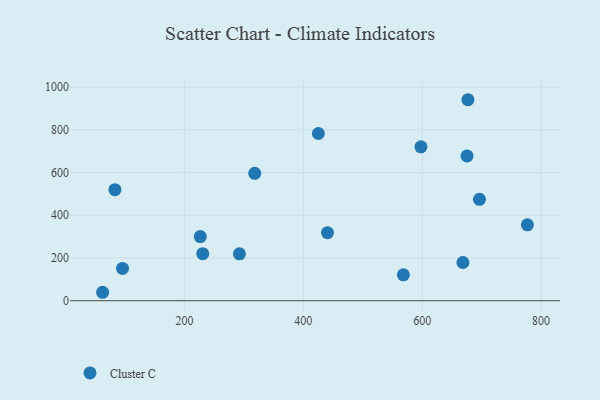
{"axis": {"x": "Experience", "y": "Fuel Efficiency"}, "legend": ["Cluster C"], "data": [{"x": "318.3", "y": 596.2, "type": "Cluster C"}, {"x": "675.4", "y": 677.8, "type": "Cluster C"}, {"x": "96.0", "y": 151.2, "type": "Cluster C"}, {"x": "230.9", "y": 220.2, "type": "Cluster C"}, {"x": "83.2", "y": 519.8, "type": "Cluster C"}, {"x": "668.5", "y": 179.0, "type": "Cluster C"}, {"x": "696.3", "y": 474.8, "type": "Cluster C"}, {"x": "62.5", "y": 39.5, "type": "Cluster C"}, {"x": "425.3", "y": 782.7, "type": "Cluster C"}, {"x": "226.8", "y": 300.4, "type": "Cluster C"}, {"x": "676.9", "y": 940.9, "type": "Cluster C"}, {"x": "597.9", "y": 720.3, "type": "Cluster C"}, {"x": "292.6", "y": 219.4, "type": "Cluster C"}, {"x": "776.9", "y": 355.4, "type": "Cluster C"}, {"x": "440.7", "y": 318.3, "type": "Cluster C"}, {"x": "568.4", "y": 121.2, "type": "Cluster C"}]}